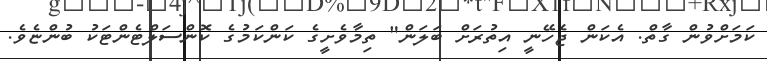
ކަމަށްވުން ގާތް. އެކަން ޖެހޭނީ އިތުރަށް ބަލަން" ތިމާވެށީގެ ކަންކަމުގެ ކޮންސަލްޓެންޓަކު ބުންޏެވެ.